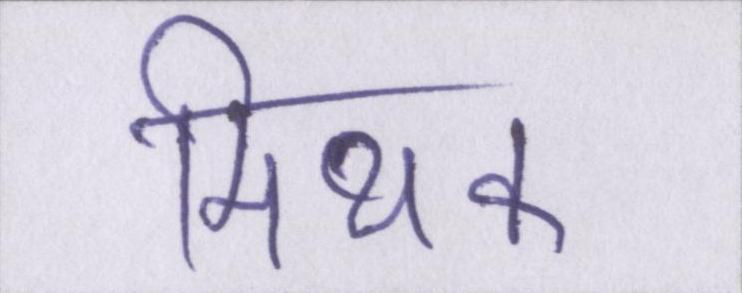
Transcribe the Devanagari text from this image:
मिथक